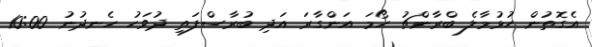
އެގޮތުން ހުޅުމާލެ ބްރާންޗު ހޯމަ އަންގާރަ އަދި ބުރާސްފަތި ދުވަހު ހެނދުނު 10:00